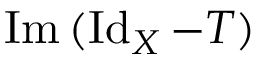
\operatorname { I m } \, ( \operatorname { I d } _ { X } - T )